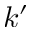
k ^ { \prime }